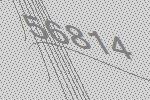
56814